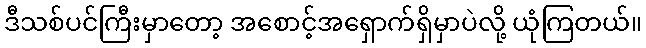
ဒီသစ်ပင်ကြီးမှာတော့ အစောင့်အရှောက်ရှိမှာပဲလို့ ယုံကြတယ်။